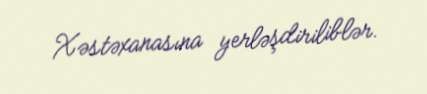
Xəstəxanasına yerləşdiriliblər.